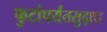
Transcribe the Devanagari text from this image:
फुटांपर्यंतसुद्धा